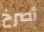
أصرخ